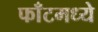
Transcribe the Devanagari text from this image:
फाँटमध्ये